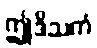
ဤဒိသကံ